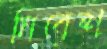
নিবেশ